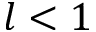
l < 1